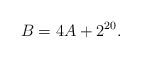
LaTeX: \begin{align*}B = 4A+2^{20}.\end{align*}